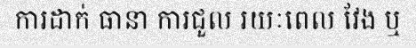
ការដាក់ ធានា ការជួល រយៈពេល វែង ឬ